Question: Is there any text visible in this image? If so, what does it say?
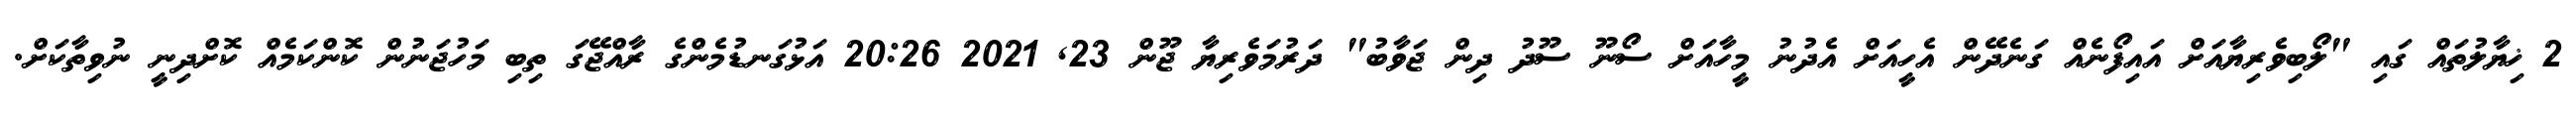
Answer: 2 ޚިޔާލުތައް ގައި "ލޯބިވެރިޔާއަށް އައިފޯނެއް ގަނެދޭން އެހީއަށް އެދުނު މީހާއަށް ސޯނޫ ސޫދު ދިން ޖަވާބު" ދަރުމަވެރިޔާ ޖޫން 23, 2021 20:26 އަޅުގަނޑުމެންގެ ރާއްޖޭގަ ތިބި މަހުޖަނުން ކޮންކަމެއް ކޮށްދިނީ ނުވިތާކަށް.